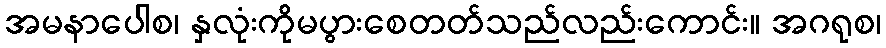
အမနာပေါစ၊ နှလုံးကိုမပွားစေတတ်သည်လည်းကောင်း။ အဂရုစ၊